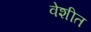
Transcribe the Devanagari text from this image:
वेशीत